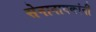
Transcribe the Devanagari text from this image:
सेनानायकांनी